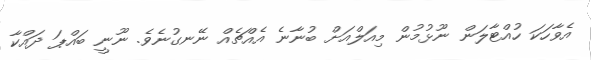
އެވާހަކަ ހުއްޓާލަން ނޫޅުމުން މިއަލްއަށް ބުނާނެ އެއްޗެއް ނޭނގުނެވެ. ނޫނީ ބައްޕަ ދައްކާ